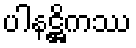
ပါနဋ္ဌိကဿ